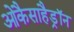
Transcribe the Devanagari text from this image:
ओकैसाहैड्रॉन